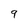
Character: 9